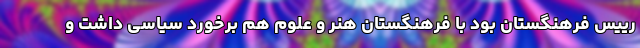
رییس فرهنگستان بود با فرهنگستان هنر و علوم هم برخورد سیاسی داشت و